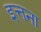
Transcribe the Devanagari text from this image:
इत्तना